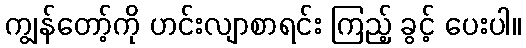
ကျွန်တော့်ကို ဟင်းလျာစာရင်း ကြည့် ခွင့် ပေးပါ။